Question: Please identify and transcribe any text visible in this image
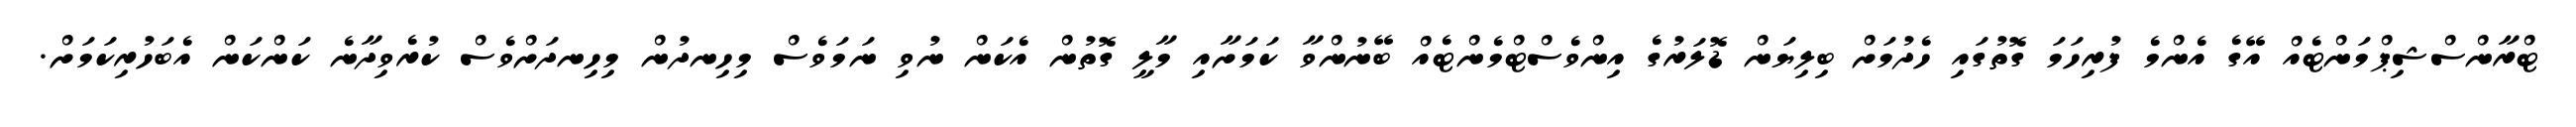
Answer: ޓްރާންސްޝިޕްމަންޓެއް އޭގެ އެންމެ ފުރިހަމަ ގޮތުގައި ހެދުމަށް ބިލިޔަން ޑޮލަރުގެ އިންވެސްޓްމެންޓެއް ބޭނުންވާ ކަމަށާއި މާލީ ގޮތުން އެކަން ނުވި ނަމަވެސް މިހިނދުން މިހިނދަށްވެސް ކުރެވިދާނެ ކަންކަން އެބަހުރިކަމަށް.